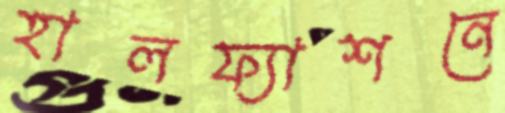
হালফ্যাশনে